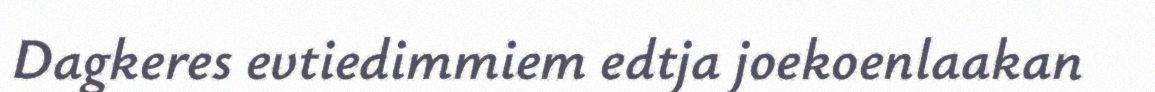
Dagkeres evtiedimmiem edtja joekoenlaakan